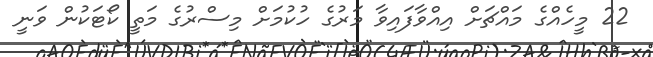
22 މީހެއްގެ މައްޗަށް އިއްވާފައިވާ މަރުގެ ހުކުމަށް މިސްރުގެ މަތީ ކޯޓަކުން ވަނީ